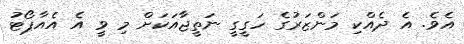
އެވެ. އެ ދެއްކި މަންޒަރުގެ ހަގީގީ ނަތީޖާއަކަށް މި ވީ އެ އެއާޕޯޓު